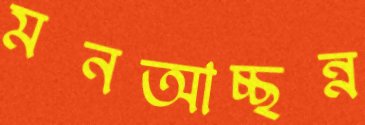
মনআচ্ছন্ন